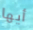
أيها